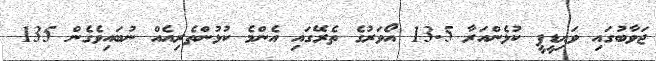
ޖަވާބުގައި ވައިޑީޕީ ކުޅެންއަރާ 13.5 އޯވަރުގެ ތެރޭގައި އެންމެ ކުޅުންތެރިއެއް ނުބައިވެގެން 135